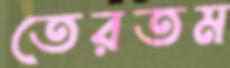
তেরতম